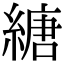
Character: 䌅